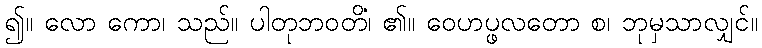
၍။ လော ကော၊ သည်။ ပါတုဘဝတိ၊ ၏။ ဝေဟပ္ဖလတော စ၊ ဘုံမှသာလျှင်။